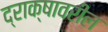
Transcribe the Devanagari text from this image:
द्राक्षावरील